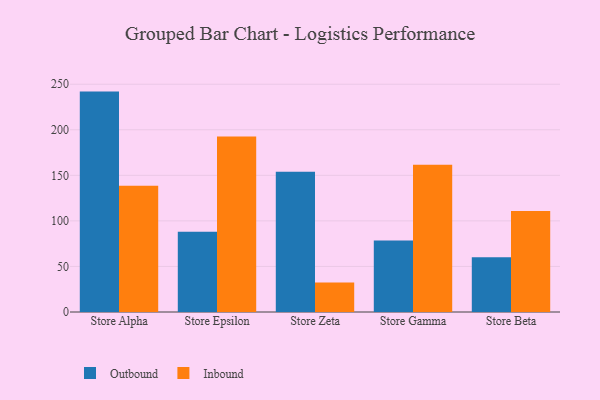
{"axis": {"x": "Store", "y": "Backlog"}, "legend": ["Inbound", "Outbound"], "data": [{"x": "Store Alpha", "y": 241.9, "type": "Outbound"}, {"x": "Store Alpha", "y": 138.5, "type": "Inbound"}, {"x": "Store Epsilon", "y": 88.0, "type": "Outbound"}, {"x": "Store Epsilon", "y": 192.7, "type": "Inbound"}, {"x": "Store Zeta", "y": 153.8, "type": "Outbound"}, {"x": "Store Zeta", "y": 32.4, "type": "Inbound"}, {"x": "Store Gamma", "y": 78.6, "type": "Outbound"}, {"x": "Store Gamma", "y": 161.6, "type": "Inbound"}, {"x": "Store Beta", "y": 60.2, "type": "Outbound"}, {"x": "Store Beta", "y": 110.8, "type": "Inbound"}]}